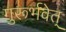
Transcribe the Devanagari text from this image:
गुरूर्भवेत्